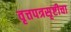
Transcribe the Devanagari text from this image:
वृत्तपत्रसृष्टीचा